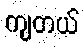
ကျတယ်